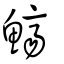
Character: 鱭